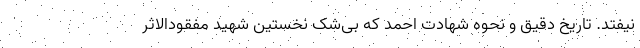
نیفتد. تاریخ دقیق و نحوه شهادت احمد که بی‌شک نخستین شهید مفقودالاثر